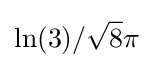
\ln(3)/{\sqrt {8}}\pi